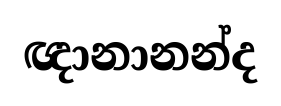
ඥානානන්ද